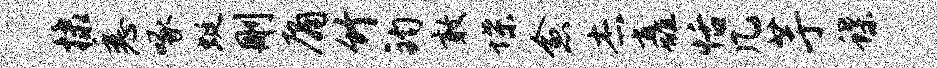
棣悉啄蜓删庸竹钧敢堞愈杰矗恬几芋蝶